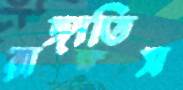
রাঙ্গাতিস